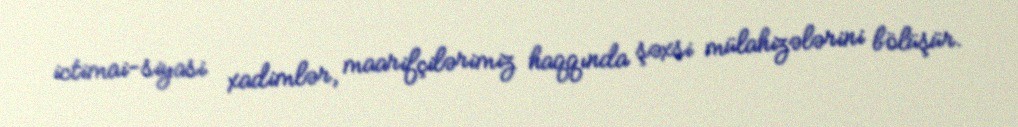
ictimai-siyasi xadimlər, maarifçilərimiz haqqında şəxsi mülahizələrini bölüşür.